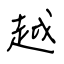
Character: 越